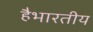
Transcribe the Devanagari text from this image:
हैभारतीय